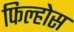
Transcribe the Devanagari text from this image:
फिल्होस